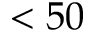
< 5 0